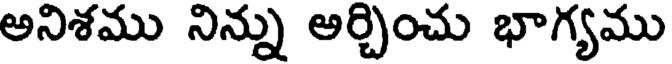
అనిశము నిన్ను అర్చించు భాగ్యము